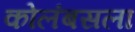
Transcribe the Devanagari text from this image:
कोलंबसला